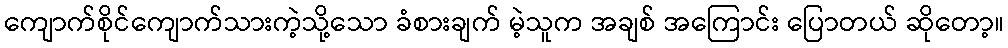
ကျောက်စိုင်ကျောက်သားကဲ့သို့သော ခံစားချက် မဲ့သူက အချစ် အကြောင်း ပြောတယ် ဆိုတော့။